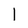
Character: 1